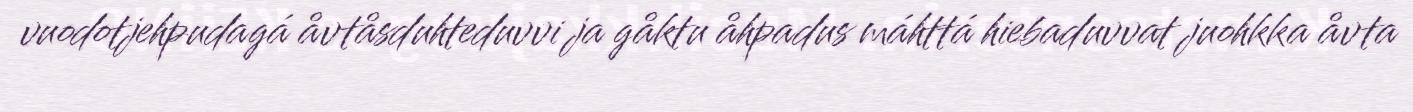
vuodotjehpudagá åvtåsduhteduvvi ja gåktu åhpadus máhttá hiebaduvvat juohkka åvta